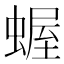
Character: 𧎜